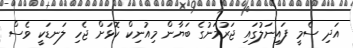
އަދި ސެމީ ފައިނަލުގައި ޖަރުމަނުގެ ބަޔާން މިއުނިކް ކޮޅަށް ޖެހި ލަނޑަކީ ވެސް